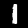
Digit: 1